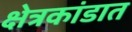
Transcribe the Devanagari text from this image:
क्षेत्रकांडात